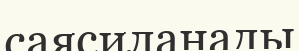
саясиланады